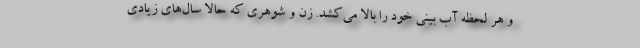
و هر لحظه آب بینی خود را بالا می‌کشد. زن و شوهری که حالا سال‌های زیادی